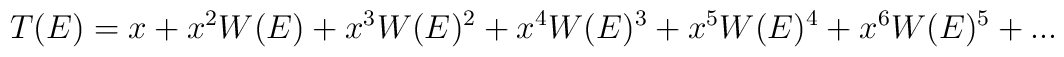
T(E)=x+x^2W(E)+x^3W(E)^2 +x^4W(E)^3 +x^5W(E)^4 +x^6W(E)^5 +...